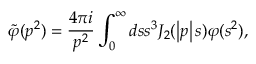
\widetilde { \varphi } ( p ^ { 2 } ) = \frac { 4 \pi i } { p ^ { 2 } } \int _ { 0 } ^ { \infty } d s s ^ { 3 } J _ { 2 } ( \left\vert p \right\vert s ) \varphi ( s ^ { 2 } ) ,